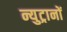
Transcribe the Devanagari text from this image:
न्युट्रानों